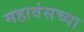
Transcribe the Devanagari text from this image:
महावंसच्या